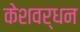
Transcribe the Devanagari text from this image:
केशवर्धन